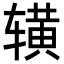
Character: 𬨒